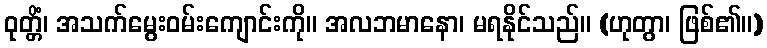
ဝုတ္တိံ၊ အသက်မွေးဝမ်းကျောင်းကို။ အလဘမာနော၊ မရနိုင်သည်။ (ဟုတွာ၊ ဖြစ်၏။)